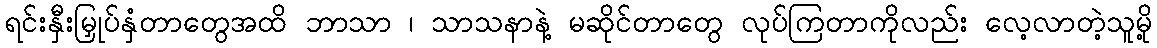
ရင်းနှီးမြှုပ်နှံတာတွေအထိ ဘာသာ ၊ သာသနာနဲ့ မဆိုင်တာတွေ လုပ်ကြတာကိုလည်း လေ့လာတဲ့သူမို့